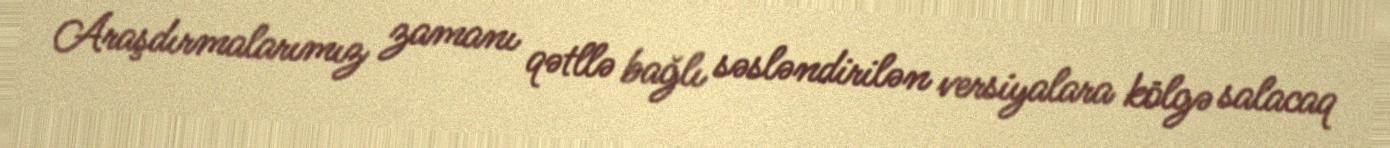
Araşdırmalarımız zamanı qətllə bağlı səsləndirilən versiyalara kölgə salacaq